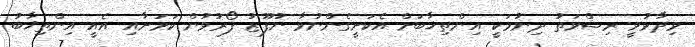
ވިދާޅުވީ ރިޝްވަތު ދިނުމަކީ އިންތިޚާބަށް އެކަށީގެންނުވާ ނުފޫޒު ފޯރުވުން ކަމަށާއި އެއީ އިންތިޚާބު